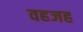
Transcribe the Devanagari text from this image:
वहजह